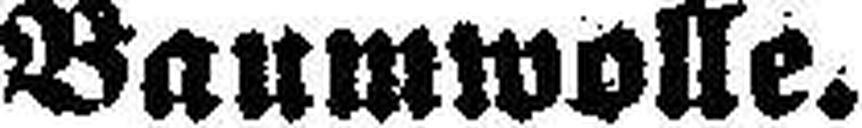
Baumwolle.